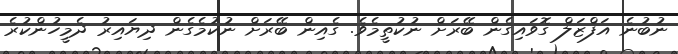
ނުބުނެ އަފްޒަލް ގޮވައިގެން ބޭރަށް ނުކުތީމެވެ. ގެއިން ބޭރަށް ނުކުމެގެން ދިޔައިރު ދެމީހުންކުރެ